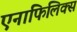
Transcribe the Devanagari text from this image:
एनाफिलिक्स